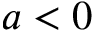
a < 0